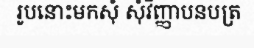
រូបនោះមកសុំ សុំវិញ្ញាបនបត្រ